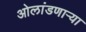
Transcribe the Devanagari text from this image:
ओलांडणाऱ्या